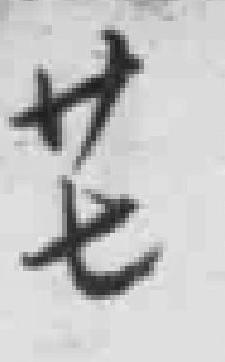
廿七